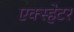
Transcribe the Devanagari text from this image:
एक्स्हेटर